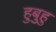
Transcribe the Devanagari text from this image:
हुबुहु